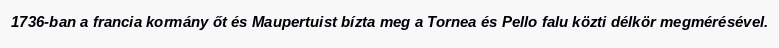
1736-ban a francia kormány őt és Maupertuist bízta meg a Tornea és Pello falu közti délkör megmérésével.